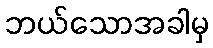
ဘယ်သောအခါမှ